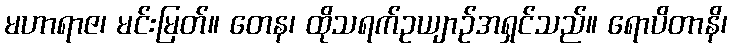
မဟာရာဇ၊ မင်းမြတ်။ တေန၊ ထိုသရက်ဥယျာဉ်အရှင်သည်။ ရောပိတာနိ၊